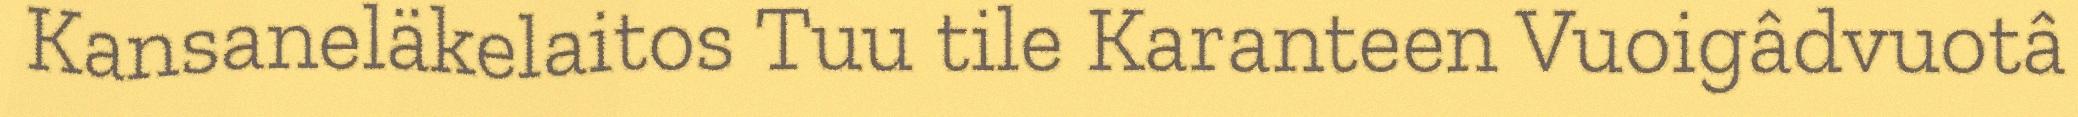
Kansaneläkelaitos Tuu tile Karanteen Vuoigâdvuotâ